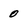
Character: O